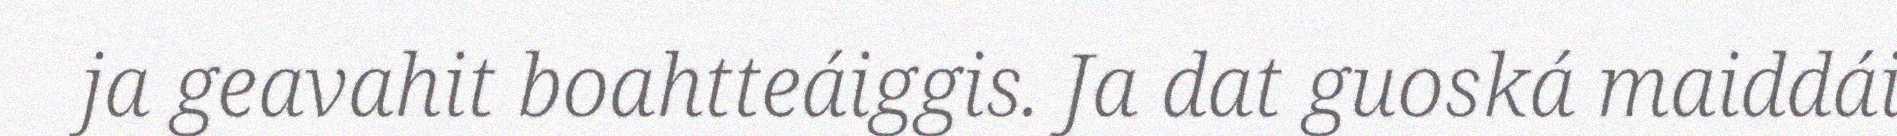
ja geavahit boahtteáiggis. Ja dat guoská maiddái